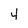
Character: 4